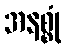
အနစ္စုံ